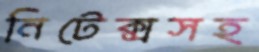
নিটেক্সসহ